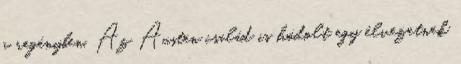
a regényben. Az Austen család is hódolt egy élvezetnek